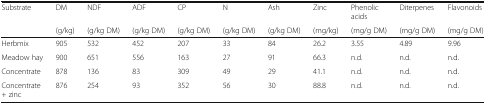
<table><thead><tr><td><b>Substrate</b></td><td><b>DM</b></td><td><b>NDF</b></td><td><b>ADF</b></td><td><b>CP</b></td><td><b>N</b></td><td><b>Ash</b></td><td><b>Zinc</b></td><td><b>Phenolicacids</b></td><td><b>Diterpenes</b></td><td><b>Flavonoids</b></td></tr><tr><td></td><td><b>(g/kg)</b></td><td><b>(g/kg DM)</b></td><td><b>(g/kg DM)</b></td><td><b>(g/kg DM)</b></td><td><b>(g/kg DM)</b></td><td><b>(g/kg DM)</b></td><td><b>(mg/kg)</b></td><td><b>(mg/g DM)</b></td><td><b>(mg/g DM)</b></td><td><b>(mg/g DM)</b></td></tr></thead><tbody><tr><td>Herbmix</td><td>905</td><td>532</td><td>452</td><td>207</td><td>33</td><td>84</td><td>26.2</td><td>3.55</td><td>4.89</td><td>9.96</td></tr><tr><td>Meadow hay</td><td>900</td><td>651</td><td>556</td><td>163</td><td>27</td><td>91</td><td>66.3</td><td>n.d.</td><td>n.d.</td><td>n.d.</td></tr><tr><td>Concentrate</td><td>878</td><td>136</td><td>83</td><td>309</td><td>49</td><td>29</td><td>41.1</td><td>n.d.</td><td>n.d.</td><td>n.d.</td></tr><tr><td>Concentrate+ zinc</td><td>876</td><td>254</td><td>93</td><td>352</td><td>56</td><td>30</td><td>88.8</td><td>n.d.</td><td>n.d.</td><td>n.d.</td></tr></tbody></table>